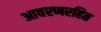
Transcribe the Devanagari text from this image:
आवरणरहित